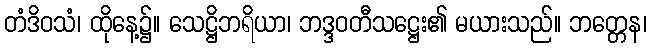
တံဒိဝသံ၊ ထိုနေ့၌။ သေဋ္ဌိဘရိယာ၊ ဘဒ္ဒဝတီသဋ္ဌေး၏ မယားသည်။ ဘတ္တေန၊